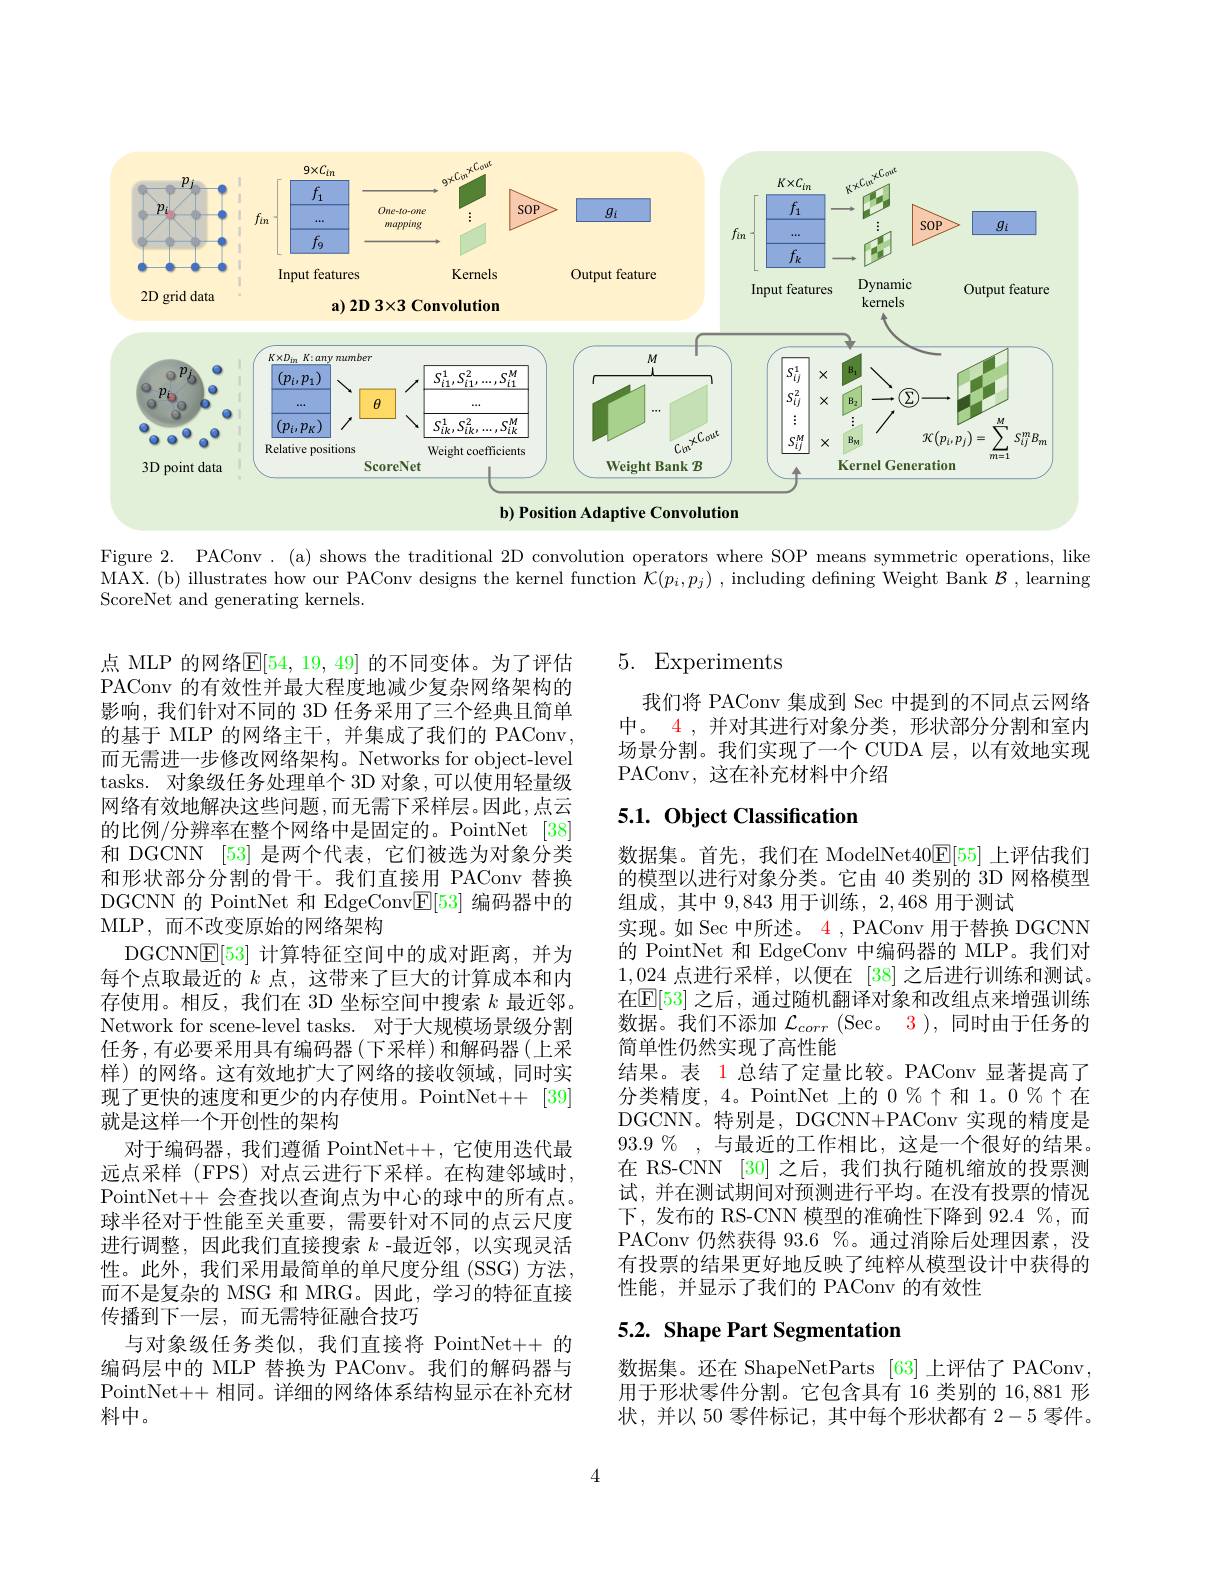
<FigureHere>

Figure 2. PAConv

(a) shows the traditional 2D convolution operators where SOP means symmetric operations, like

MAX.(b) illustrates how our PAConv designs the kernel function $\mathcal{K}(p_i,p_j)$ ,including defning Weight Bank $\mathcal{B}$, learning

ScoreNet and generating kernels.

# 5. Experiments

我们将 PAConv 集成到 Sec 中提到的不同点云网络中。$\color{red}{4}$,并对其进行对象分类，形状部分分割和室内场景分割。我们实现了一个 CUDA 层，以有效地实现PAConv,这在补充材料中介绍

# 5.1. Object Classification

点 MLP 的网络$\mathbb{E}[54,19,49]$ 的不同变体。为了评估PAConv 的有效性并最大程度地减少复杂网络架构的影响，我们针对不同的 3D 任务采用了三个经典且简单的基于 MLP 的网络主干，并集成了我们的 PAConv, 而无需进一步修改网络架构。Networks for object-level tasks. 对象级任务处理单个 3D 对象，可以使用轻量级网络有效地解决这些问题，而无需下采样层。因此，点云的比例/分辨率在整个网络中是固定的。PointNet [38] 和 DGCNN [53] 是两个代表，它们被选为对象分类和形状部分分割的骨干。我们直接用 PAConv 替换DGCNN 的 PointNet 和 EdgeConv$\boxed{\mathrm{F}}[53]$编码器中的MLP,而不改变原始的网络架构
DGCNN$\underline{\mathrm{E}}[53]$计算特征空间中的成对距离，并为每个点取最近的$k$点，这带来了巨大的计算成本和内存使用。相反，我们在 3D 坐标空间中搜索$k$最近邻。Network for scene-level tasks. 对于大规模场景级分割任务，有必要采用具有编码器(下采样)和解码器(上采样)的网络。这有效地扩大了网络的接收领域，同时实现了更快的速度和更少的内存使用。PointNet++[39] 就是这样一个开创性的架构
对于编码器，我们遵循 PointNet++,它使用迭代最远点采样 (FPS) 对点云进行下采样。在构建邻域时， PointNet++ 会查找以查询点为中心的球中的所有点。球半径对于性能至关重要，需要针对不同的点云尺度进行调整，因此我们直接搜索$k$ -最近邻，以实现灵活性。此外，我们采用最简单的单尺度分组(SSG)方法， 而不是复杂的 MSG 和 MRG。因此，学习的特征直接传播到下一层，而无需特征融合技巧
与对象级任务类似，我们直接将 PointNet++ 的编码层中的 MLP 替换为 PAConv。我们的解码器与PointNet++ 相同。详细的网络体系结构显示在补充材料中。

数据集。首先，我们在 ModelNet$40\underline{\mathrm{E}}[55]$上评估我们的模型以进行对象分类。它由 40 类别的 3D 网格模型组成，其中9，843用于训练，2,468用于测试
实现。如 Sec 中所述。4 , PAConv 用于替换 DGCNN 的 PointNet 和 EdgeConv 中编码器的 MLP。我们对1,024点进行采样，以便在[38]之后进行训练和测试。在$\mathbb{E}[53]$ 之后，通过随机翻译对象和改组点来增强训练数据。我们不添加$\mathcal{L}_corr$ (Sec。3),同时由于任务的简单性仍然实现了高性能
结果。表 1 总结了定量比较。PAConv 显著提高了分类精度，4。PointNet 上的 0%个和 1。0 % 个在DGCNN。特别是，DGCNN+PAConv 实现的精度是$93. 9\%$ ,与最近的工作相比，这是一个很好的结果。在 RS-CNN [30] 之后，我们执行随机缩放的投票测试，并在测试期间对预测进行平均。在没有投票的情况下，发布的 RS-CNN 模型的准确性下降到 92.4 %,而PAConv 仍然获得 93.6 %。通过消除后处理因素，没有投票的结果更好地反映了纯粹从模型设计中获得的性能，并显示了我们的 PAConv 的有效性

# 5.2. Shape Part Segmentation

数据集。还在 ShapeNetParts [63]上评估了 PAConv, 用于形状零件分割。它包含具有 16 类别的 16,881 形状，并以 50 零件标记，其中每个形状都有2-5零件。

4